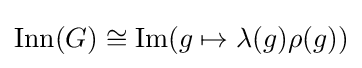
\operatorname {Inn} (G)\cong \operatorname {Im} (g\mapsto \lambda (g)\rho (g))